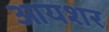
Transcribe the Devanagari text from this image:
आयशर